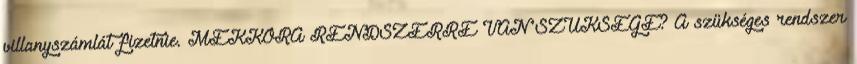
villanyszámlát fizetnie. MEKKORA RENDSZERRE VAN SZÜKSÉGE? A szükséges rendszer